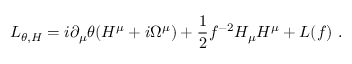
{ \cal L } _ { \theta , H } = i \partial _ { \mu } \theta ( H ^ { \mu } + i \Omega ^ { \mu } ) + { \frac { 1 } { 2 } } f ^ { - 2 } H _ { \mu } H ^ { \mu } + { \cal L } ( f ) \ .